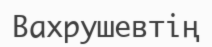
Вахрушевтің